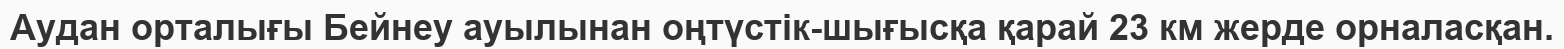
Аудан орталығы Бейнеу ауылынан оңтүстік-шығысқа қарай 23 км жерде орналасқан.